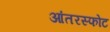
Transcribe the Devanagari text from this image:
आंतरस्फोट